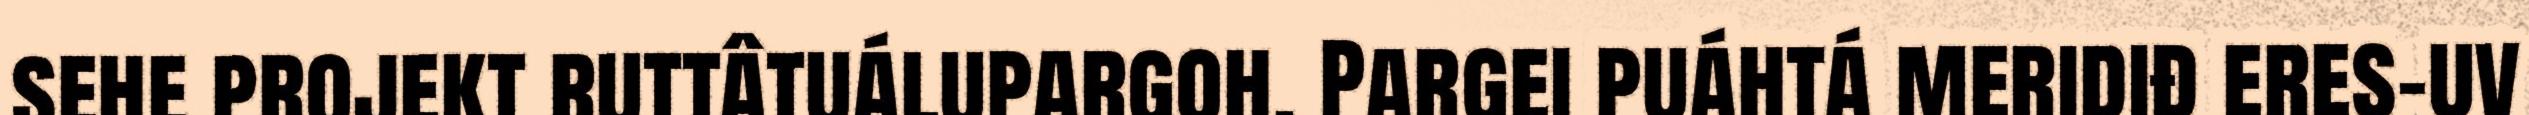
sehe projekt ruttâtuálupargoh. Pargei puáhtá meridiđ eres-uv